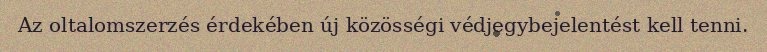
Az oltalomszerzés érdekében új közösségi védjegybejelentést kell tenni.